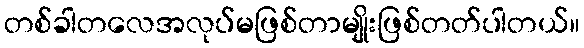
တစ်ခါတလေအလုပ်မဖြစ်တာမျိုးဖြစ်တတ်ပါတယ်။